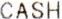
CASH